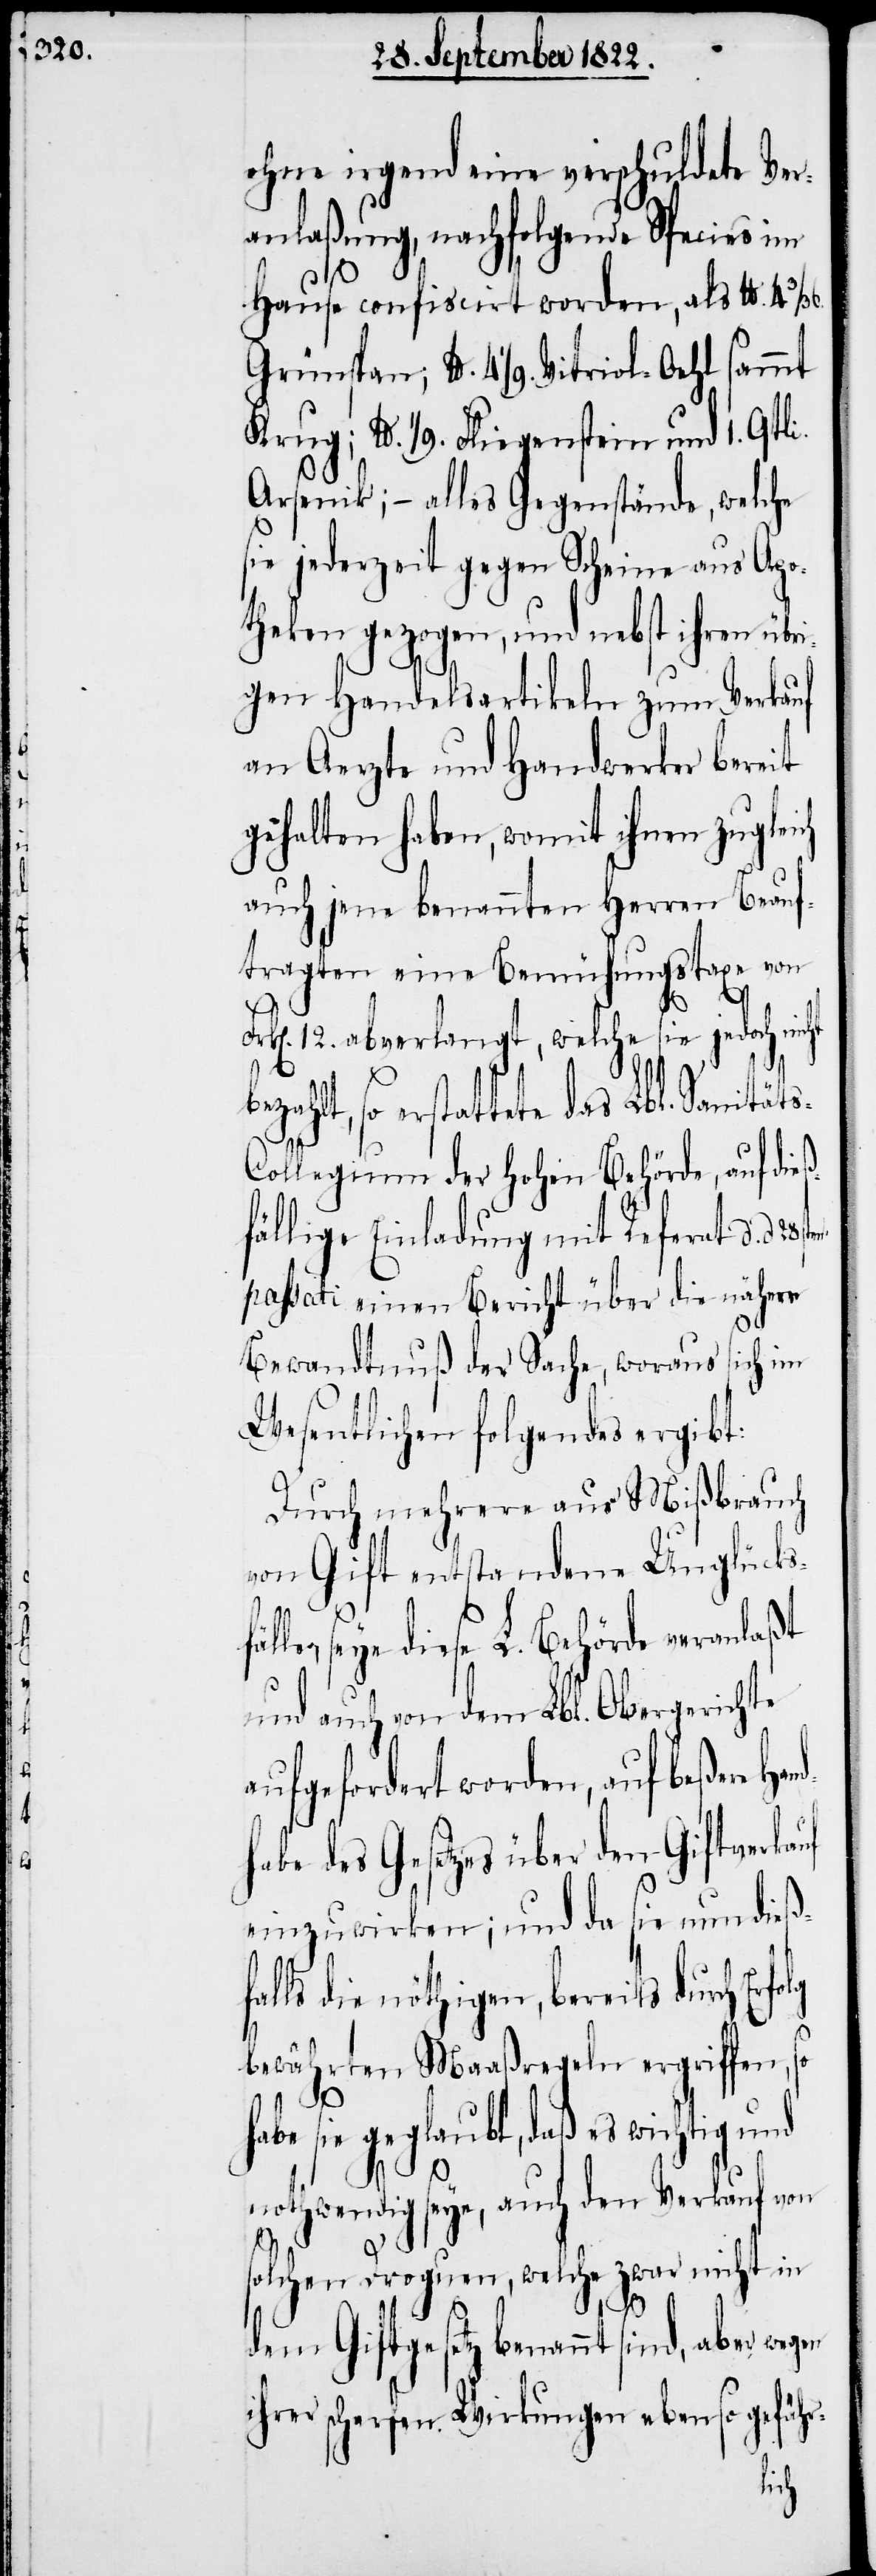
ohne irgend eine verschuldete Ver¬
anlaßung nachfolgende Species im
f¬
Hause confiscirt worden, als lb. 4 3/36
lb. 4 1/9. Vitriol-Oehl sammt
Krug; lb. 1/9. Fliegenstein und 1. Qtli.
Arsenik; – alles Gegenstände, welche
sie jederzeit gegen Scheine aus Apo¬
theken gezogen, und nebst ihren übri¬
gen Handelsartikeln zum Verkauf
an Aerzte und Handwerker bereit
gehalten haben, womit ihnen zugleich
auch jene benannten Herren Beauf¬
tragten eine Bemühungstaxe von
12. abverlangt, welche sie jedoch nicht
ha¬
erstattete das Lbl. Sanität¬
ollegium der Hohen Behörde, auf die¬
fällige Einladung mit Referat d. d.
passati einen Bericht über die nähere
Bewandtnuß der Sache, woraus sich im
Wesentlichen folgendes ergibt:
Durch mehrere aus Mißbrauch
von Gift entstandene Unglücks¬
le, seye diese L. Behörde veranlaßt
und auch von dem Lbl. Obergerichte
aufgefordert worden, auf beßere Ha¬
habe des Gesetzes über den Giftverka¬
einzuwirken; und da sie nun dieß¬
alls die nöthigen, bereits durch Erfo¬
bewährten Maaßregeln ergriffen, so
be sie geglaubt, daß es wichtig und
nothwendig seye, auch den Verkauf von
solchen Droguen, welche zwar nicht in
gen
dem Giftgesetz benannt sind, aber we¬
ihrer scharfen Wirkungen ebenso gefähr-